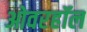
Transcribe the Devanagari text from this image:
ओवरहॉल